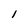
Character: l